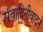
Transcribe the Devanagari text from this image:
संवादिनीवादन